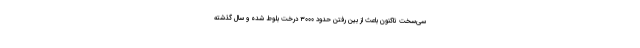
سی‌سخت تاکنون باعث از بین رفتن حدود ۳۰۰۰ درخت بلوط شده و سال گذشته